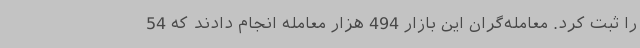
را ثبت کرد. معامله‌گران این بازار 494 هزار معامله انجام دادند که 54